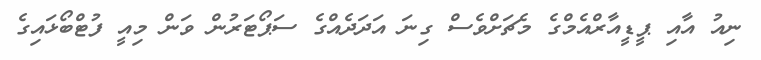
ނިއު އާއި ޕީޑީއާރްއެމްގެ މެޗަށްވެސް ގިނަ އަދަދެއްގެ ސަޕޯޓަރުން ވަން މިއީ ފުޓްބޯޅައިގެ